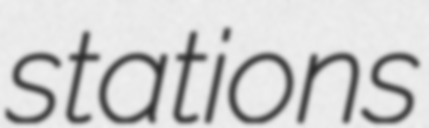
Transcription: stations